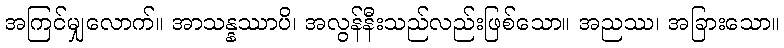
အကြင်မျှလောက်။ အာသန္နဿာပိ၊ အလွန်နီးသည်လည်းဖြစ်သော။ အညဿ၊ အခြားသော။